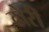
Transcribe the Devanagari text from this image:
ढोरी